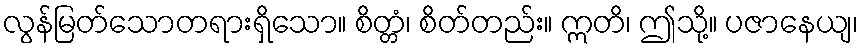
လွန်မြတ်သောတရားရှိသော။ စိတ္တံ၊ စိတ်တည်း။ ဣတိ၊ ဤသို့။ ပဇာနေယျ၊